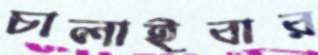
চালাইবার